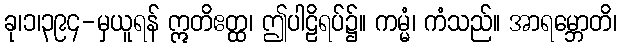
ခု၊၁၊၃၉၄-မှယူရန် ဣတိဧတ္ထ၊ ဤပါဠိရပ်၌။ ကမ္မံ၊ ကံသည်။ အာရမ္ဘောတိ၊